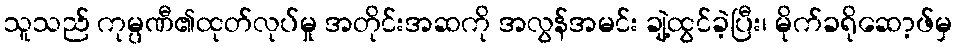
သူသည် ကုမ္ပဏီ၏ထုတ်လုပ်မှု အတိုင်းအဆကို အလွန်အမင်း ချဲ့ထွင်ခဲ့ပြီး၊ မိုက်ခရိုဆော့ဖ်မှ